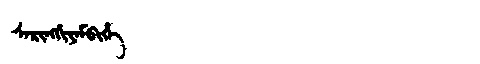
Manchu: ᠰᠠᡵᡳᠩᡤᡳᠶᠠᠮᠪᡳᡥᡝ
Romanization: SARINGGIYAMBIHE